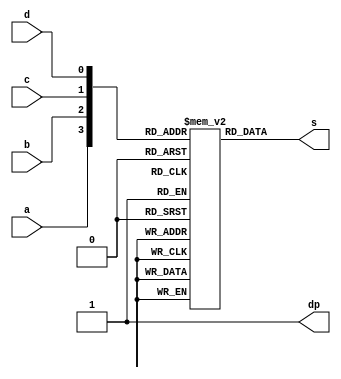
module mulpos (a, b, c, d, s, dp);
  input a, b, c, d;
  output [6:0] s;
  output         dp;
  wire [3:0] o;

  reg [6:0] lut [15:0]; 

initial begin
lut[0] = 7'b1110111;
lut[1] = 7'b1110111;
lut[2] = 7'b1110111;
lut[3] = 7'b1110111;
lut[4] = 7'b1110111;
lut[8] = 7'b1110111;
lut[12] = 7'b1110111;

lut[5] = 7'b0010010;
lut[6] = 7'b1011101;
lut[7] = 7'b1011011;

lut[9] = 7'b1011101;
lut[10] = 7'b0111010;
lut[11] = 7'b1101111;
lut[13] = 7'b1011011;
lut[14] = 7'b1101111;
lut[15] = 7'b1111011;

end

  assign o = {a, b, c, d};
  assign s[6:0] = lut[o];
  assign dp = 1;
endmodule